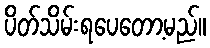
ပိတ်သိမ်းရပေတော့မည်။